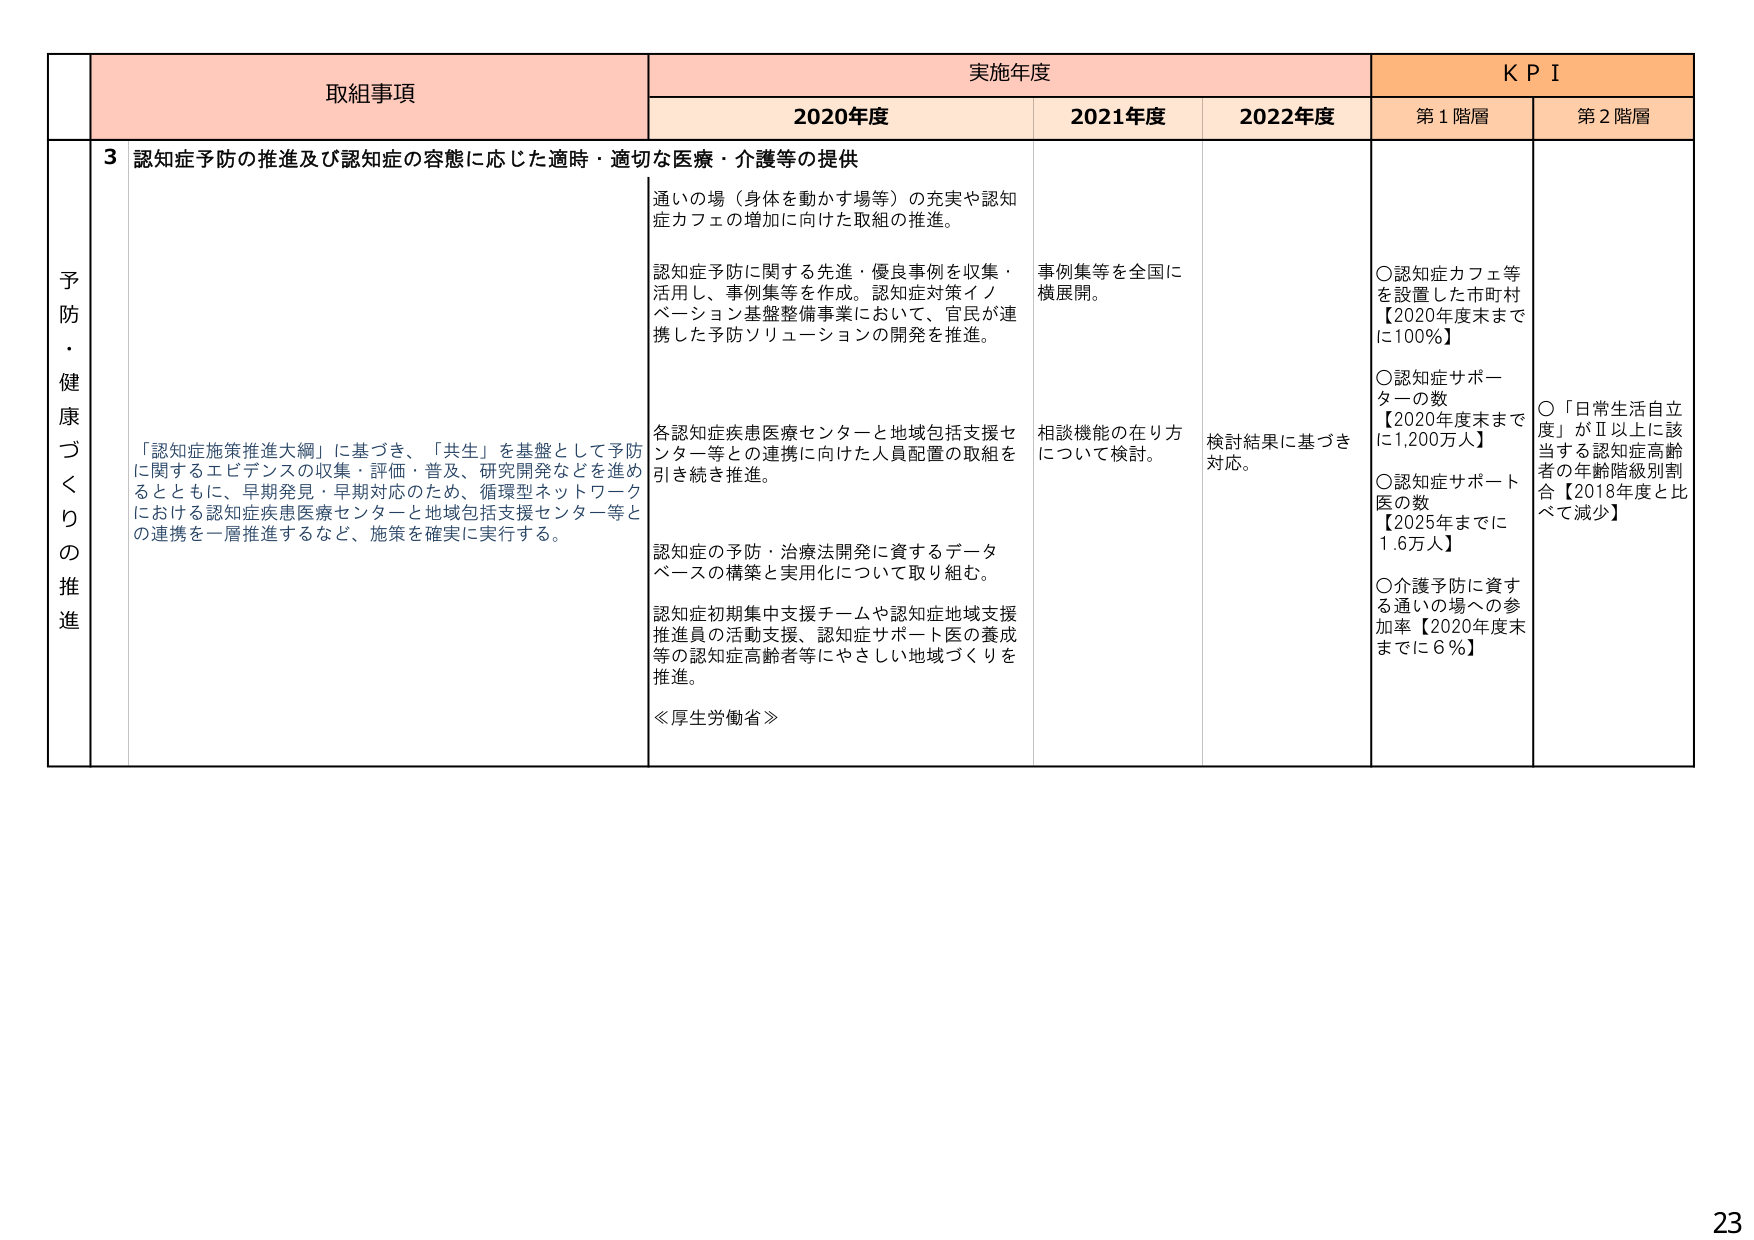
予防・健康づくりの推進

取組事項
3 認知症予防の推進及び認知症の容態に応じた適時・適切な医療・介護等の提供

「認知症施策推進大綱」に基づき、「共生」を基盤として予防に関するエビデンスの収集・評価・普及、研究開発などを進めるとともに、早期発見・早期対応のため、循環型ネットワークにおける認知症疾患医療センターと地域包括支援センター等との連携を一層推進するなど、施策を確実に実行する。

実施年度
2020年度
通いの場（身体を動かす場等）の充実や認知症カフェの増加に向けた取組の推進。
認知症予防に関する先進・優良事例を収集・活用し、事例集等を作成。認知症対策イノベーション基盤整備事業において、官民が連携した予防ソリューションの開発を推進。
各認知症疾患医療センターと地域包括支援センター等との連携に向けた人員配置の取組を引き続き推進。
認知症の予防・治療法開発に資するデータベースの構築と実用化について取り組む。
認知症初期集中支援チームや認知症地域支援推進員の活動支援、認知症サポート医の養成等の認知症高齢者等にやさしい地域づくりを推進。
≪厚生労働省≫

2021年度
事例集等を全国に横展開。
相談機能の在り方について検討。

2022年度
検討結果に基づき対応。

KPI
第1階層
〇認知症カフェ等を設置した市町村【2020年度末までに100％】
〇認知症サポーターの数【2020年度末までに1,200万人】
〇認知症サポート医の数【2025年までに1.6万人】
〇介護予防に資する通いの場への参加率【2020年度末までに6％】

第2階層
〇「日常生活自立度」がⅡ以上に該当する認知症高齢者の年齢階級別割合【2018年度と比べて減少】

23